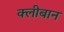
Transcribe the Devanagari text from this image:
क्लीबान